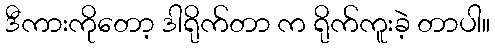
ဒီကားကိုတော့ ဒါရိုက်တာ က ရိုက်ကူးခဲ့ တာပါ။